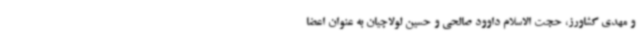
و مهدی کشاورز، حجت الاسلام داوود صالحی و حسین لولاچیان به عنوان اعضا